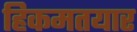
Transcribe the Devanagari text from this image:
हिकमतयार